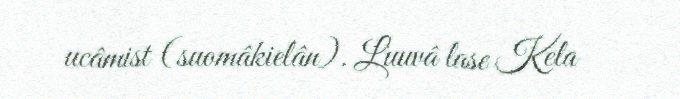
ucâmist (suomâkielân). Luuvâ lase Kela